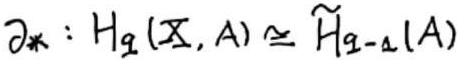
$\partial_* : H_q(X,A) \cong \widetilde{H}_{q - 1}(A)$